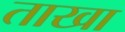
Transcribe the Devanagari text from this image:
ताखा